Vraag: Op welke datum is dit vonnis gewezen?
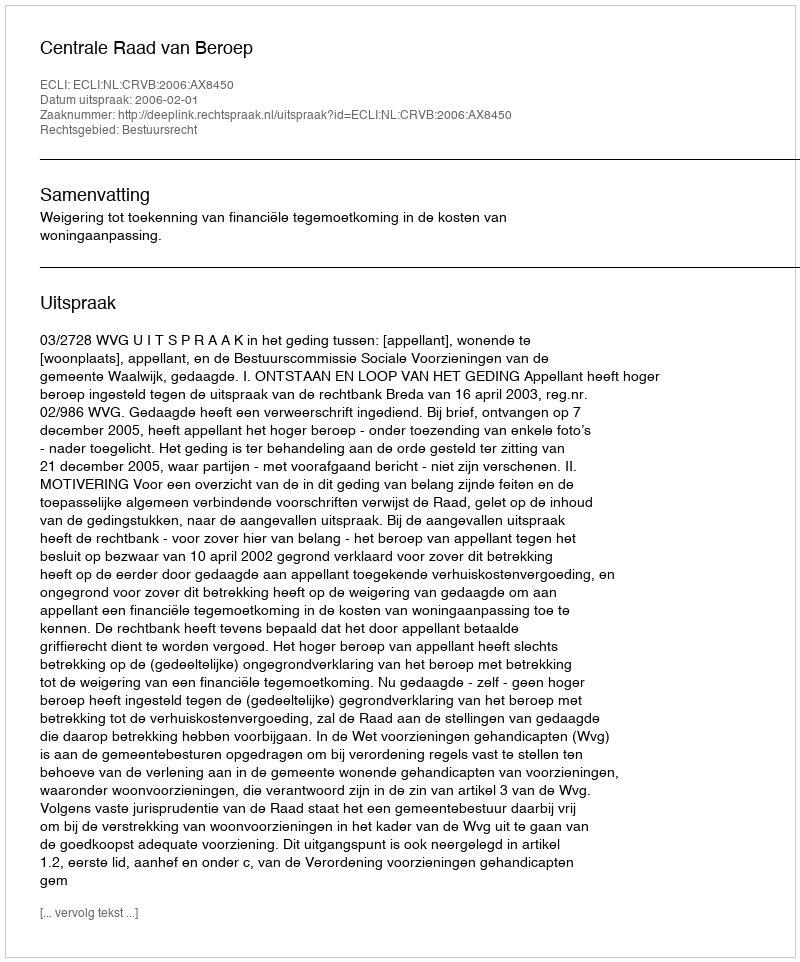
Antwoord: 2006-02-01